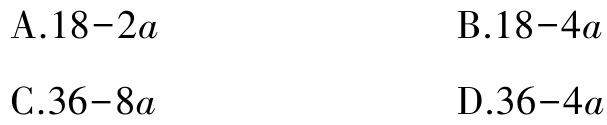
A.$18 - 2a$

B.$18 - 4a$

C.$36 - 8a$

D.$36 - 4a$